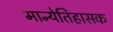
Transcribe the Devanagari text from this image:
मान्येतिहासक